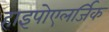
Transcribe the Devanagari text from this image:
हाइपोएलर्जिक